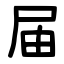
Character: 届